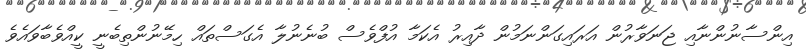
އިންސާނުންނާއި ޖަނަވާރުން އަރައިގަންނަމުން ދާއިރު އެކަމާ އުފްވެސް ބުނެނުލާ އެގަސްތައް ހިމޭނުންތިބެނީ ކީއްވެބާވައެވެ